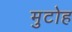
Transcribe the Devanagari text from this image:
मुटोह